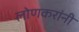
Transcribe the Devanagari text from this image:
लोणकरांनी